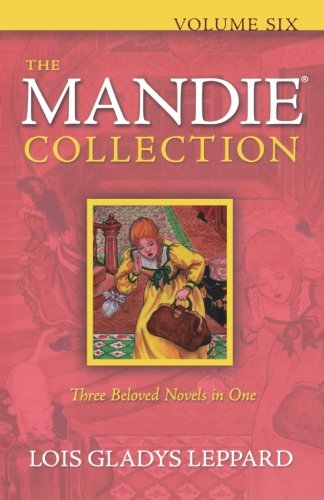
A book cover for The Mandie Collection; Lois Gladys Leppard; Teen & Young Adult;